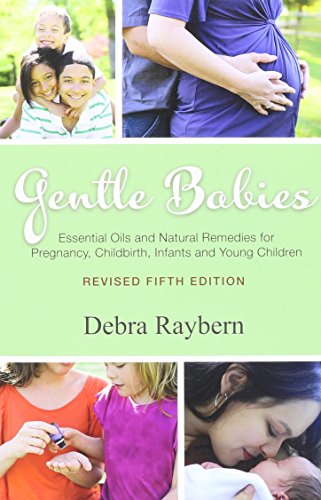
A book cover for Gentle Babies Essential Oils and Natural Remedies for Pregnancy, Childbirth, Infants and Young Children; Debra Raybern; Health, Fitness & Dieting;